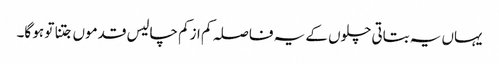
یہاں یہ بتاتی چلوں کے یہ فاصلہ کم ازکم چالیس قدموں جتنا تو ہو گا۔